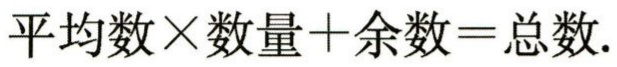
\(平均数\times数量 + 余数=总数.\)